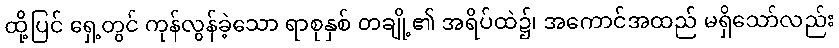
ထို့ပြင် ရှေ့တွင် ကုန်လွန်ခဲ့သော ရာစုနှစ် တချို့၏ အရိပ်ထဲ၌၊ အကောင်အထည် မရှိသော်လည်း